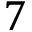
7